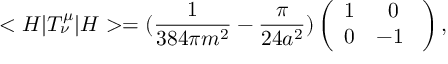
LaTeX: < H | T _ { \nu } ^ { \mu } | H > = ( \frac { 1 } { 3 8 4 \pi m ^ { 2 } } - \frac { \pi } { 2 4 a ^ { 2 } } ) \left( \begin{array} { c c } { { 1 } } & { { 0 } } \\ { { 0 } } & { { - 1 \ } } \end{array} \right) ,